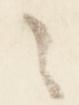
之